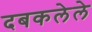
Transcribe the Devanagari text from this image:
दबकलेले